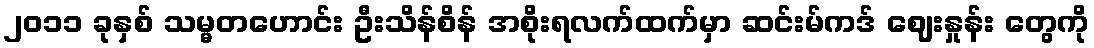
၂၀၁၁ ခုနှစ် သမ္မတဟောင်း ဦးသိန်စိန် အစိုးရလက်ထက်မှာ ဆင်းမ်ကဒ် ဈေးနှုန်း တွေကို